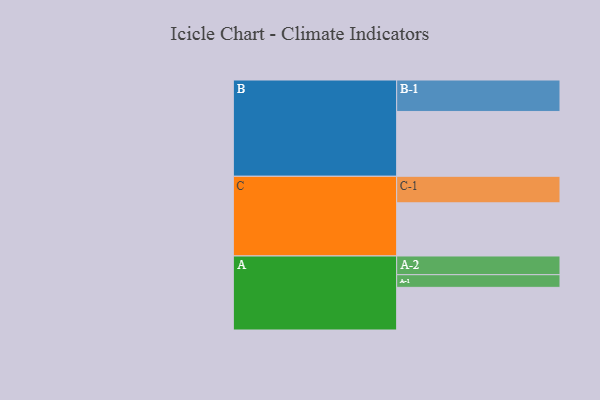
{"axis": {"x": "Segment", "y": "Value"}, "legend": ["", "A", "B", "C"], "data": [{"x": "A", "y": 381, "type": ""}, {"x": "B", "y": 579, "type": ""}, {"x": "C", "y": 475, "type": ""}, {"x": "A-1", "y": 113, "type": "A"}, {"x": "A-2", "y": 167, "type": "A"}, {"x": "B-1", "y": 281, "type": "B"}, {"x": "C-1", "y": 237, "type": "C"}]}